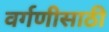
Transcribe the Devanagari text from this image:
वर्गणीसाठी